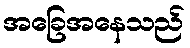
အခြေအနေသည်